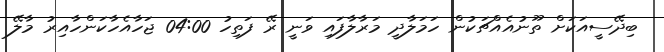
ބިދޭސީއަކަށް ތޫނުއެއްޗަކުން ހަމަލާދީ މަރާލާފައި ވަނީ ރޭ ފަތިހު 04:00 ޖަހާއެހާކަންހާއިރު މާލޭ